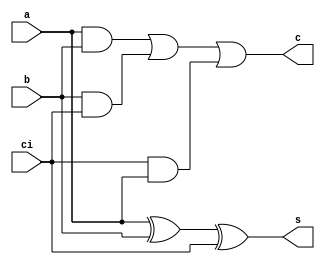
module csa (a,b,ci,s,c);	// carry save adders
	input a,b,ci;		// input a,b,carry_in
	output s,c;		// output sum,carry_out
	assign c = a&b | b&ci | ci&a;
	assign s = (a^b)^ci;
endmodule